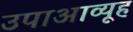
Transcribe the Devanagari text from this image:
उपाआव्यूह